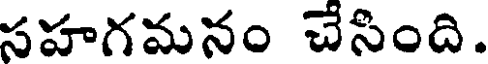
సహగమనం చేసింది.